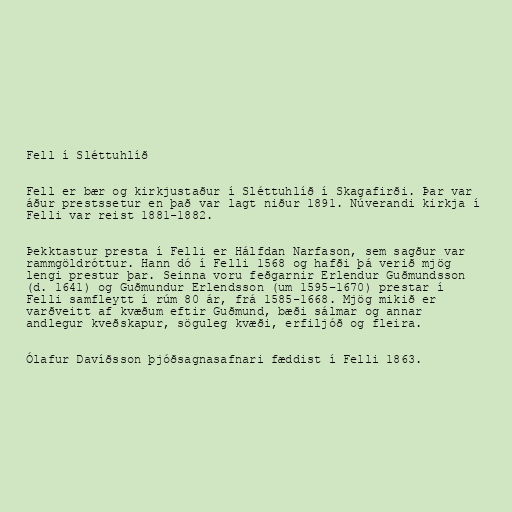
Fell í Sléttuhlíð

Fell er bær og kirkjustaður í Sléttuhlíð í Skagafirði. Þar var
áður prestssetur en það var lagt niður 1891. Núverandi kirkja í
Felli var reist 1881-1882.

Þekktastur presta í Felli er Hálfdan Narfason, sem sagður var
rammgöldróttur. Hann dó í Felli 1568 og hafði þá verið mjög
lengi prestur þar. Seinna voru feðgarnir Erlendur Guðmundsson
(d. 1641) og Guðmundur Erlendsson (um 1595–1670) prestar í
Felli samfleytt í rúm 80 ár, frá 1585-1668. Mjög mikið er
varðveitt af kvæðum eftir Guðmund, bæði sálmar og annar
andlegur kveðskapur, söguleg kvæði, erfiljóð og fleira.

Ólafur Davíðsson þjóðsagnasafnari fæddist í Felli 1863.